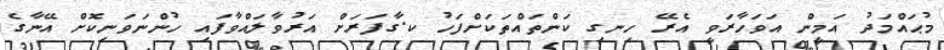
މުޙައްމަދު އަމީން އަވަހާރަވީ އެރޭ ހިނގި ކަންތައްތަކަށްފަހު ކ.ގާފަރަށް އަރުވާލައްވާފައި ހުންނަވަނިކޮށް އޭނާގެ